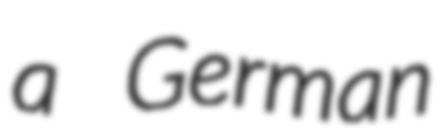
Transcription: a German